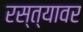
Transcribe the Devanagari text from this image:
रस्‍त्‍यावर